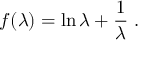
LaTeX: f ( \lambda ) = \ln \lambda + \frac 1 \lambda \; .